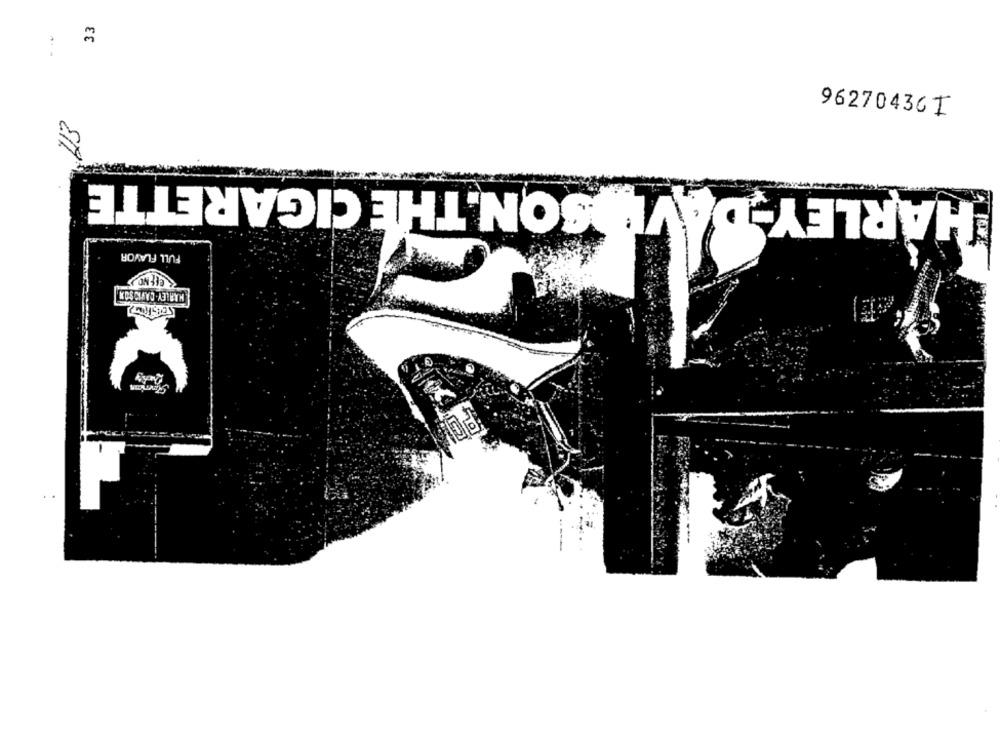
33
96270436 I
SON.THE CIGARETTE
HARLEY
FULL FLAVOR
HARLEY-DAVIDSON